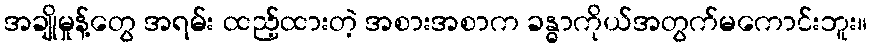
အချိုမှုန့်တွေ အရမ်း ထည့်ထားတဲ့ အစားအစာက ခန္ဓာကိုယ်အတွက်မကောင်းဘူး။